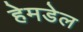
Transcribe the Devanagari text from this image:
हेमडेल